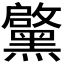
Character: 𮮝